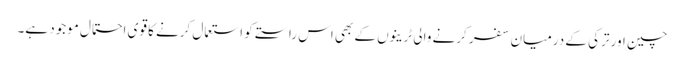
چین اور ترکی کے درمیان سفر کرنے والی ٹرینوں کے بھی اس راستے کو استعمال کرنے کا قوی احتمال موجود ہے۔